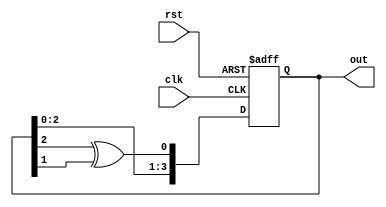
`timescale 1ns / 1ps
//////////////////////////////////////////////////////////////////////////////////
// Company: 
// Engineer: 
// 
// Design Name: 
// Module Name: lfsr
// Project Name: 
// Target Devices: 
// Tool Versions: 
// Description: 
// 
// Dependencies: 
// 
// Revision:
// Revision 0.01 - File Created
// Additional Comments:
// 
//////////////////////////////////////////////////////////////////////////////////


module lfsr(
input clk,rst,
output reg [3:0]out);
    always @(posedge clk,posedge rst)
    if(rst)
     out <= 4'hf;
     else
     out<={out[2:0],(out[2]^out[1])};
endmodule